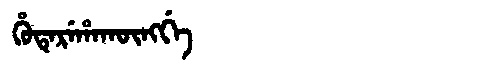
Manchu: ᡥᡠᡨᡝᡵᡝᡥᠠᡴᡡᠩᡤᡝ
Romanization: HUTEREHAKŪNGGE